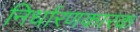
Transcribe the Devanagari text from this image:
निर्धारणकारक